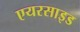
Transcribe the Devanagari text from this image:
एयरसाइड